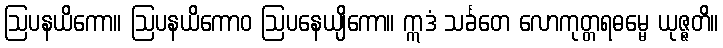
ဩပနယိကော။ ဩပနယိကောဝ ဩပနေယျိကော။ ဣဒံ သင်္ခတေ လောကုတ္တရဓမ္မေ ယုဇ္ဇတိ။